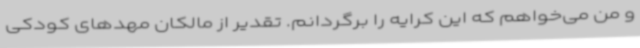
و من می‌خواهم که این کرایه را برگردانم. تقدیر از مالکان مهدهای کودکی